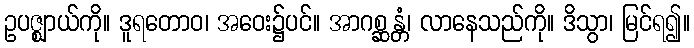
ဥပဇ္ဈာယ်ကို။ ဒူရတောဝ၊ အဝေး၌ပင်။ အာဂစ္ဆန္တံ၊ လာနေသည်ကို။ ဒိသွာ၊ မြင်ရ၍။